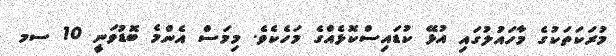
މުރަކަތަކުގެ މާހައުލުގައި އުޅޭ ކުޑައިސްކޮޅެއްގެ މަހެކެވެ. މިމަސް އެންމެ ބޮޑުވަނީ 10 ސމ